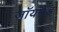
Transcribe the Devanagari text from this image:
जॉयपैड